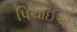
પિચાઈએ